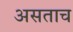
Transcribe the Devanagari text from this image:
असताच